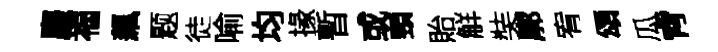
麈福飆题徒喻均掾暫或頸貽觧奘廓宥頌瓜肻